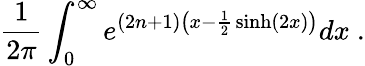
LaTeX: {\frac{1}{2\pi}}\int_{0}^{\infty}e^{(2n+1)\left(x-{\frac{1}{2}}\sinh(2x)\right)}dx~.